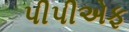
પીપીએફ